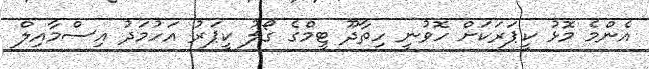
އެންމެ މޮޅު ކީޕަރަކަށް ހޮވުނީ ހިތާދޫ ޓީމްގެ ގޯލު ކީޕަރު އަހުމަދު އިސްމާއިލް